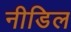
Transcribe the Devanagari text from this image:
नीडिल